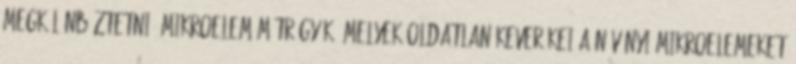
megkülönböztetni. mikroelem műtrágyák, melyek oldatlan keverékei a növényi mikroelemeket